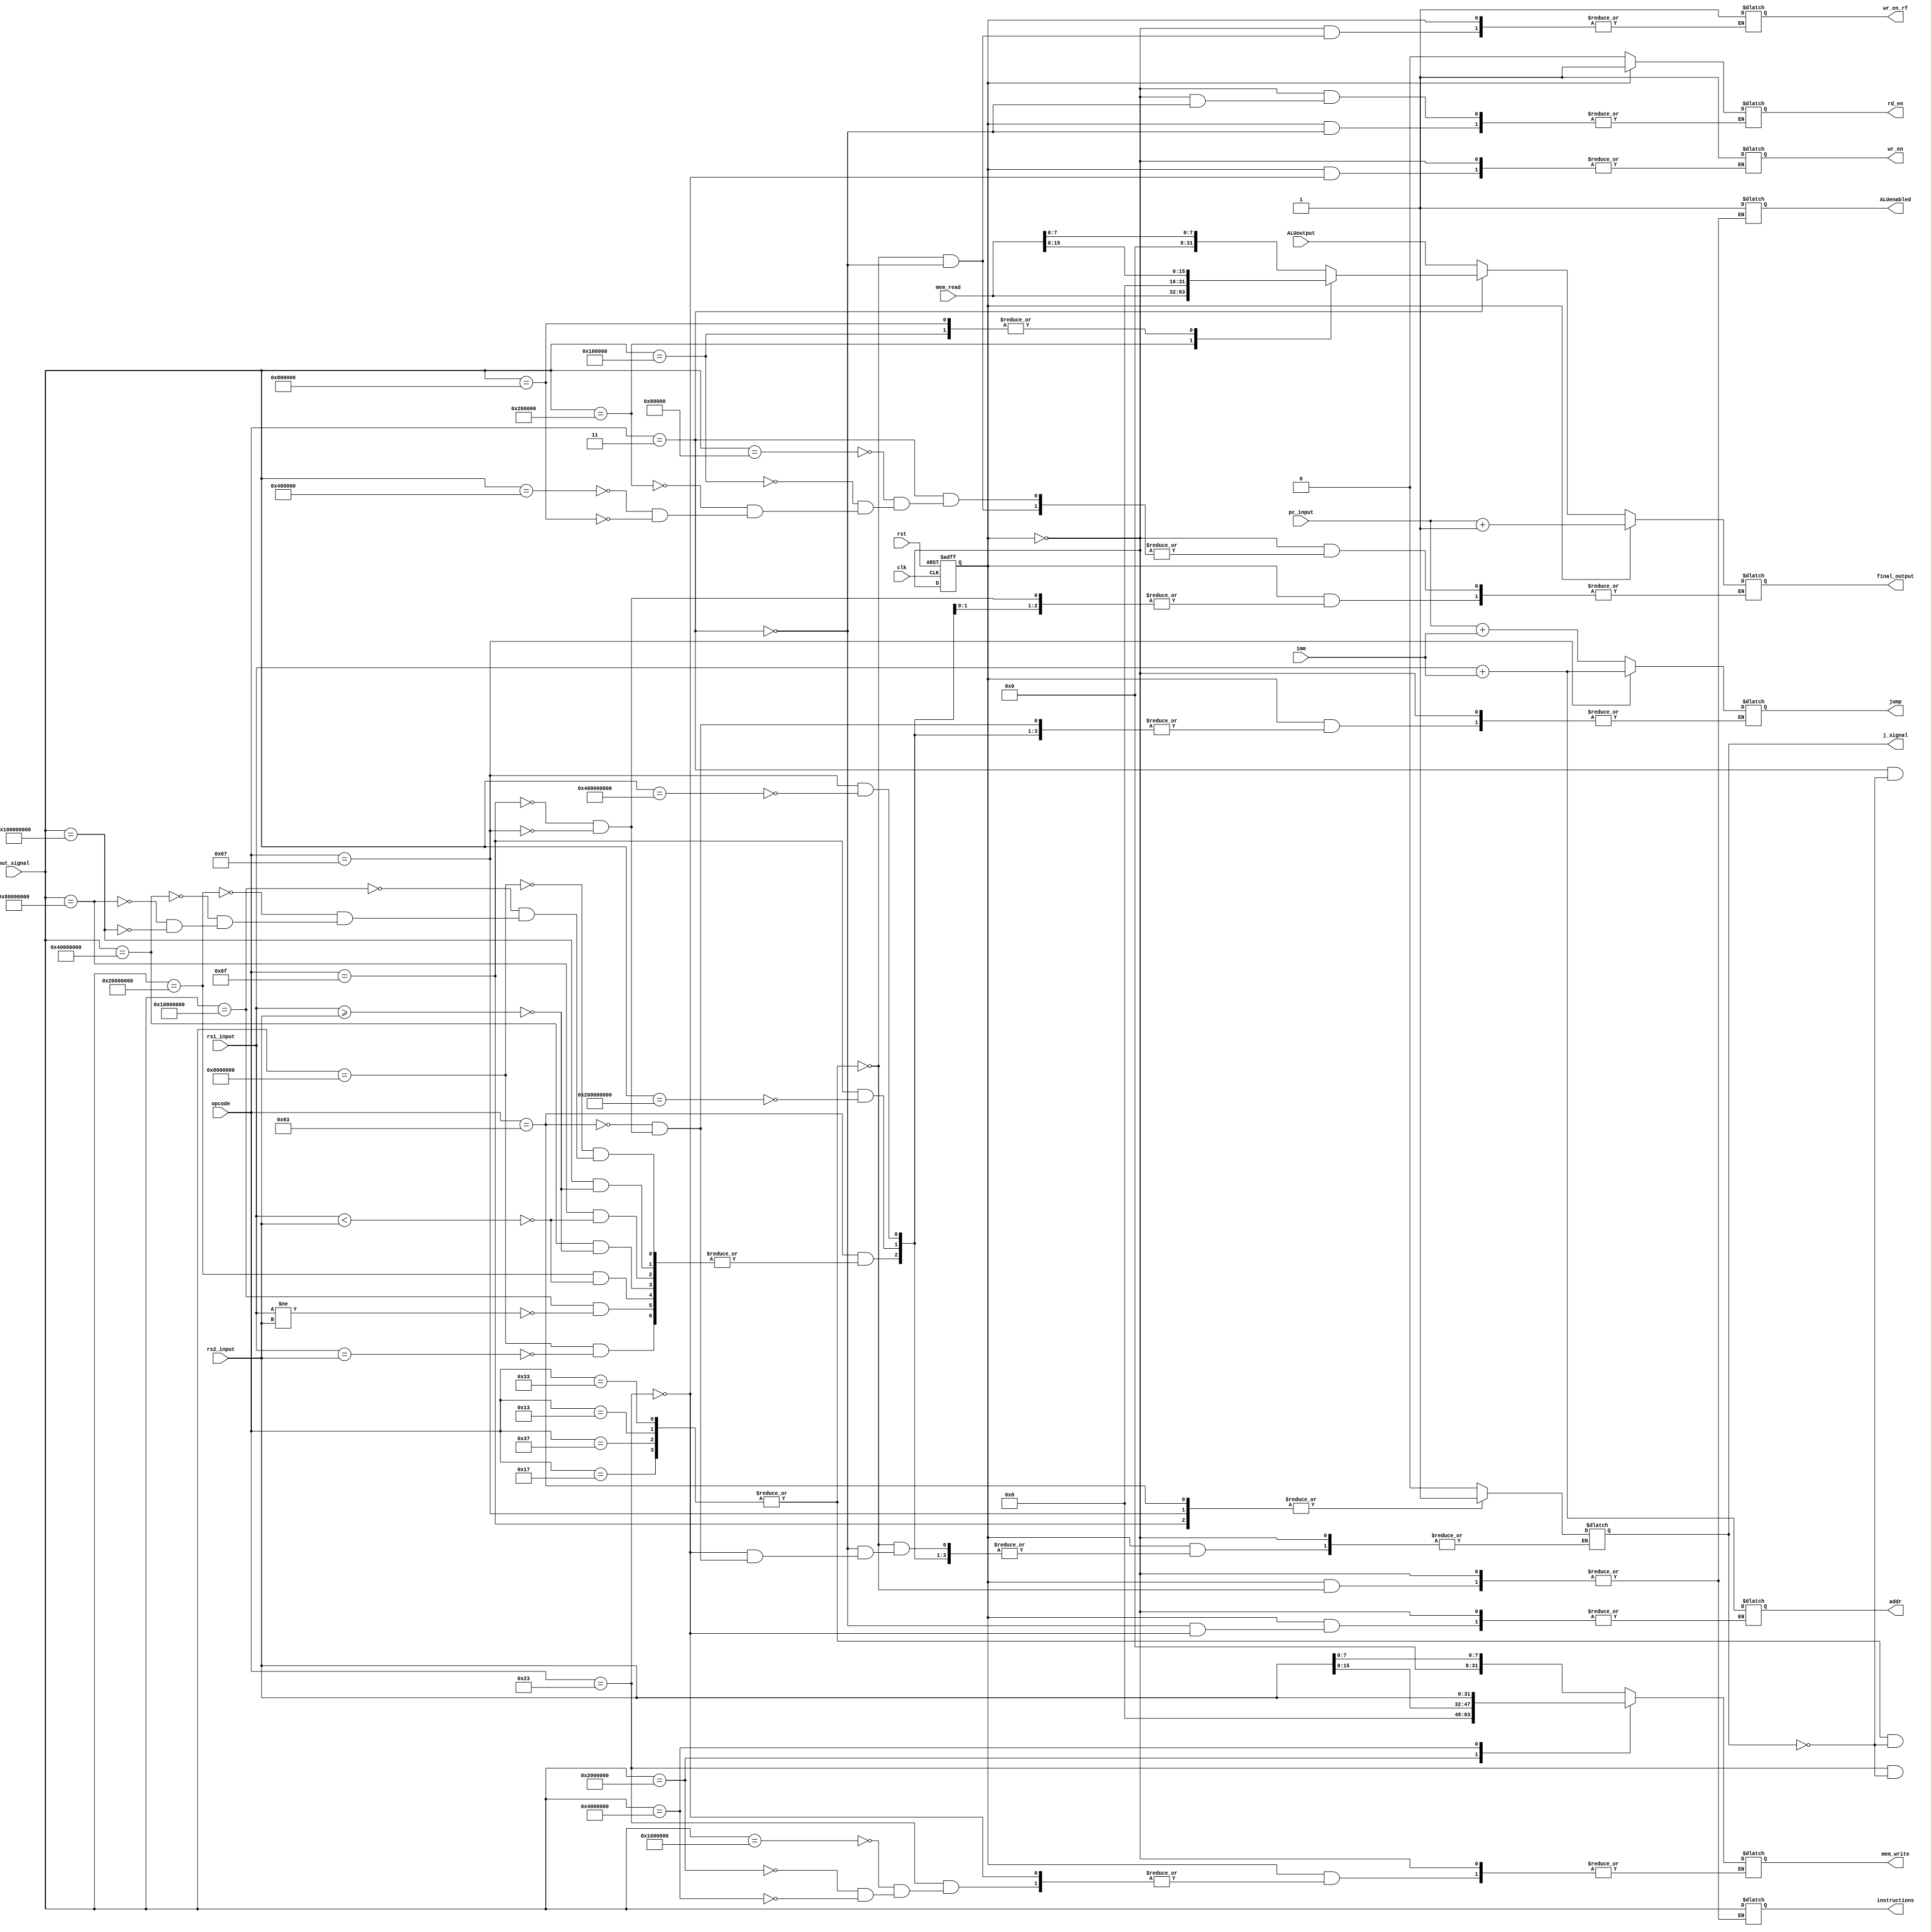


module control_unit(
	input clk,                                                                                                  //input clock
	input rst,                                                                                                  //reset pin
	input [31:0] rs2_input,                                                                                     //rs1 value from Rfile
	input [31:0] rs1_input,                                                                                     //rs2 value from Rfile
	input [31:0] imm,                                                                                           //immediate value from Rfile
	input [31:0] mem_read,                                                                                      //read data from memory
	input [46:0] out_signal,                                                                                    //instruction buss from decoder
	input [6:0] opcode,                                                                                         //opcode for instructions from Rfile
	input [31:0] pc_input,                                                                                      //input from PC(its output address) 
	input [31:0] ALUoutput,                                                                                            //output from ALU
	
	output reg [46:0] instructions,                                                                             //instruction bus for ALU
	output reg [31:0] mem_write,                                                                                //write data in memory
	output reg wr_en,                                                                                           //write signal(enable or disable)
	output reg rd_en =0,                                                                                           //read signal(enable or disable)
	output reg [31:0] addr,                                                                                     //address for memory
	output reg j_signal,                                                                                        //jump signal(enable or disable)
	output reg [31:0] jump,                                                                                     //jump output for pc
	output reg [31:0] final_output,                                                                              //goes into Rfile as rd
	output reg ALUenabled,
	output reg wr_en_rf
);

parameter A=0, B=1 ;
reg state = 2'b1;     
    
initial begin 
	wr_en_rf <= 0;
	wr_en <= 0;
	j_signal<= 0;
	instructions <= 0;
	mem_write <= 0;
	addr<=0;
	jump <= 0;
	final_output <= 0;
	ALUenabled <= 0;
end	 

always @(posedge clk,posedge rst) begin                                                                     //initializing the FSM
 
	if (rst) state<=B;
   else state <= ~state;
end    

always@(*) begin
	case(state)
		B: begin                                                                             //1st state
			case(opcode)
				7'b0110011, 7'b0010011, 7'b0110111, 7'b0010111 : begin                                      //calling ALU
					instructions <= out_signal;
					ALUenabled<=1;                                         //sending instruction bus to ALU
					if(j_signal==1)j_signal<=0;
            end
            7'b0000011 : begin                                                                          // mem read set
					addr <= rs1_input + imm;                                                                //sending required address
               rd_en <= 2'b1; 
					if(j_signal==1)j_signal<=0;                                                                         //enable read signal
            end
            7'b0100011 : begin
					addr <= rs1_input + imm;                                                                //send assigned address
               wr_en <= 2'b1;                                                                          //enable write signal
               case(out_signal)
						47'h1000000 : mem_write <= rs2_input[7:0];                                          //sb
                  47'h2000000 : mem_write <= rs2_input[15:0];                                         //sh
                  47'h4000000 : mem_write <= rs2_input[31:0];                                         //sw
               endcase
					if(j_signal==1)j_signal<=0;
            end
            7'b1100011 :begin                                                                           //branch instruction set                                                                           
					case(out_signal)
						47'h8000000 :begin
							if(rs1_input == rs2_input) begin 
								jump <= pc_input + imm;                                                     //beq
                        j_signal <= 2'b1;   
                     end 
                  end																				    //activate jump signal
						47'h10000000 :begin
							if(rs1_input != rs2_input) begin 
								jump <= pc_input + imm;                                                     //bne
						      j_signal <= 2'b1;   
						   end	
						end																		            //activate jump signal					 
                  47'h20000000 :begin
                     if(rs1_input < rs2_input) begin 
								jump <= pc_input + imm;                                                    //blt
								j_signal <= 2'b1;   
							end	
					   end																		            //activate jump signal
						47'h40000000 :begin
							if(rs1_input >= rs2_input) begin 
								jump <= pc_input + imm;                                                     //bge
								j_signal <= 2'b1;   
							end	
						end																		            //activate jump signal 
                  47'h80000000 :begin
							if(rs1_input < rs2_input) begin 
								jump <= pc_input + imm;                                                     //bltu 
								j_signal <= 2'b1;   
							end	
						end																			        //activate jump signal
                  47'h100000000 :begin
							if(rs1_input >= rs2_input) begin 
								jump <= pc_input + imm;                                                     //bgeu
                        j_signal <= 2'b1;   
                     end 
                  end																				    //activate jump signal 
					endcase
            end
            7'b1101111 : begin
					if(out_signal == 47'h200000000) begin   						  //jal	 
						jump <= pc_input + imm;
						j_signal <= 2'b1;  
                  final_output <= pc_input + 1;
               end 
            end
            7'b1100111 : begin                                                                          //jalr
					if(out_signal == 47'h400000000) begin			
						jump <= rs1_input + imm;
						j_signal <= 2'b1;  
                  final_output <= pc_input + 1; 
               end
            end
            7'b0110111 : begin
					if(j_signal==1)j_signal<=0;
               if(out_signal == 47'h800000000) begin   
						final_output <= imm << 12;                                                          //lui
               end
            end
            7'b0010111 : begin
					if(j_signal==1)j_signal<=0;
               if(out_signal == 47'h1000000000) begin   
						final_output <= pc_input + (imm << 12);                                             //auipc 
               end                
            end
         endcase
		end
      A: begin                                                                                            //second state	
			case(opcode)
				7'b0110011, 7'b0010011, 7'b0110111, 7'b0010111 : begin                                      //recieving ALU output
					final_output <= ALUoutput;
					wr_en_rf <= 2'b1;
            end 
            7'b0000011 : begin
					wr_en_rf <= 2'b1;
               case(out_signal) 
						47'h80000 : final_output <= mem_read[7:0];                                          //lb
                  47'h100000 : final_output <= mem_read[15:0];                                        //lh
                  47'h200000 : final_output <= mem_read[31:0];                                        //lw
                  47'h400000 : final_output <= mem_read[7:0];                                         //lbu
                  47'h800000 : final_output <= mem_read[15:0];                                        //lhu
               endcase
               rd_en = 2'b0; 
            end
         endcase
      end
   endcase
end
endmodule